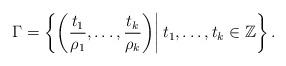
LaTeX: \begin{align*} \Gamma = \left\{\left(\frac{t_1}{\rho_1},\dots,\frac{t_k}{\rho_k}\right) \middle|\, t_1,\dots, t_k\in \mathbb{Z}\right\}. \end{align*}